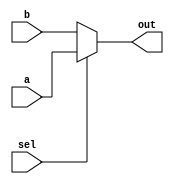
// 2-Input mux
`timescale 1ns/10ps

module mux(input [7:0] a,	
	   input [7:0] b,	
	   input sel,
	   output [7:0] out);

   assign out = sel ? a : b;
      
endmodule // mux
`timescale 1ns/10ps

module mux_smallData(input [2:0] a,	
	   input [2:0] b,	
	   input sel,
	   output [2:0] out);

   assign out = sel ? a : b;
      
endmodule // mux_smallData
`timescale 1ns/10ps

module mux4(input [7:0] a,
	    input [7:0] b,
	    input [7:0] c,
	    input [7:0] d,
	    input [1:0] sel,
	    output reg [7:0] out);

   always @ (*) begin
      case (sel)
	2'b00: out <= a;
	2'b01: out <= b;
	2'b10: out <= c;
	2'b11: out <= d;
	default: out <= out;
      endcase // case (sel)
   end

endmodule // mux4